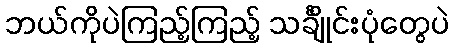
ဘယ်ကိုပဲကြည့်ကြည့် သင်္ချိုင်းပုံတွေပဲ